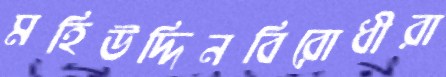
মহিউদ্দিনবিরোধীরা